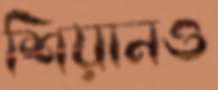
শিয়ানও